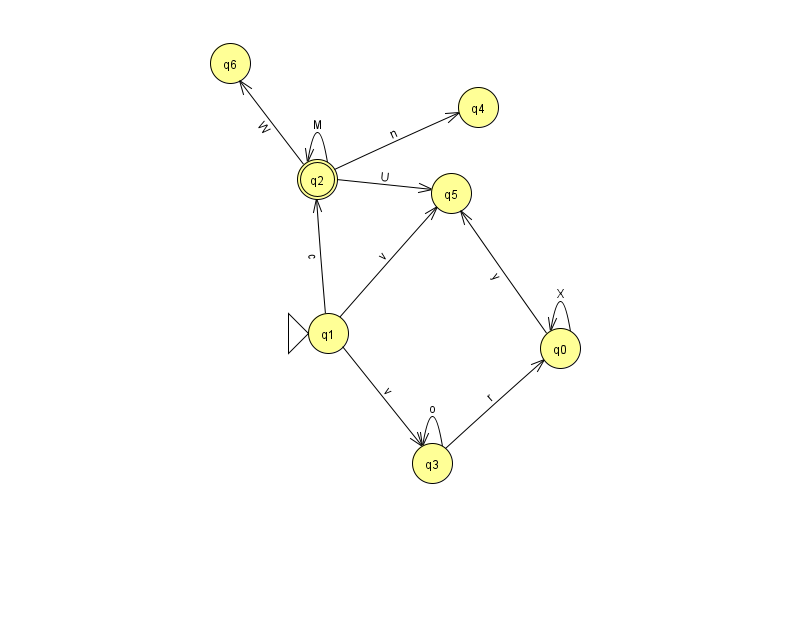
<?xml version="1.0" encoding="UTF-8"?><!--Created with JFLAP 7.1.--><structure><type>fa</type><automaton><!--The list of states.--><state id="0" name="q0"><x>560.0</x><y>335.0</y></state><state id="1" name="q1"><x>328.0</x><y>320.0</y><initial/></state><state id="2" name="q2"><x>317.0</x><y>166.0</y><final/></state><state id="3" name="q3"><x>432.0</x><y>450.0</y></state><state id="4" name="q4"><x>478.0</x><y>94.0</y></state><state id="5" name="q5"><x>451.0</x><y>180.0</y></state><state id="6" name="q6"><x>230.0</x><y>50.0</y></state><!--The list of transitions.--><transition><from>2</from><to>5</to><read>U</read></transition><transition><from>3</from><to>0</to><read>r</read></transition><transition><from>0</from><to>0</to><read>X</read></transition><transition><from>2</from><to>4</to><read>n</read></transition><transition><from>1</from><to>3</to><read>v</read></transition><transition><from>2</from><to>6</to><read>W</read></transition><transition><from>2</from><to>2</to><read>M</read></transition><transition><from>1</from><to>2</to><read>c</read></transition><transition><from>1</from><to>5</to><read>v</read></transition><transition><from>0</from><to>5</to><read>y</read></transition><transition><from>3</from><to>3</to><read>o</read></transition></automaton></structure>